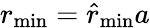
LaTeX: r_{\mathrm{min}}=\hat{r}_{\mathrm{min}}a